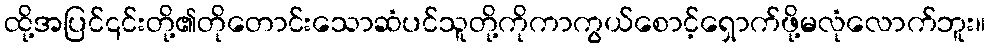
ထို့အပြင်၎င်းတို့၏တိုတောင်းသောဆံပင်သူတို့ကိုကာကွယ်စောင့်ရှောက်ဖို့မလုံလောက်ဘူး။